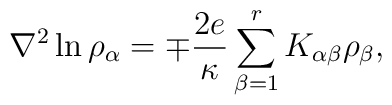
{\nabla}^2 \ln{{\rho}_\alpha} =  \mp {2e \over \kappa} \sum_{\beta = 1}^{r} K_{\alpha\beta} {\rho}_{\beta} ,